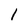
Character: 1